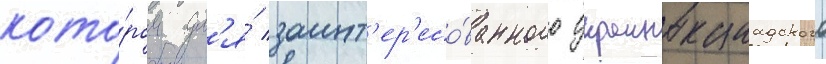
кото́ром дл'я́ заинт'ер'есо́ванного украиноканадского